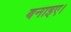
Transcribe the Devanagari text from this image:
बनाइए।